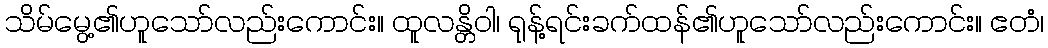
သိမ်မွေ့၏ဟူသော်လည်းကောင်း။ ထူလန္တိဝါ၊ ရုန့်ရင်းခက်ထန်၏ဟူသော်လည်းကောင်း။ ဧတံ၊